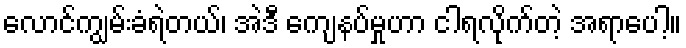
လောင်ကျွမ်းခံရဲတယ်၊ အဲဒီ ကျေနပ်မှုဟာ ငါရလိုက်တဲ့ အရာပေါ့။